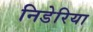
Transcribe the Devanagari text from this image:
निडेरिया